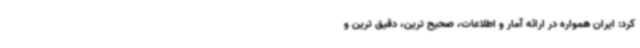
کرد: ایران همواره در ارائه آمار و اطلاعات، صحیح ترین، دقیق ترین و